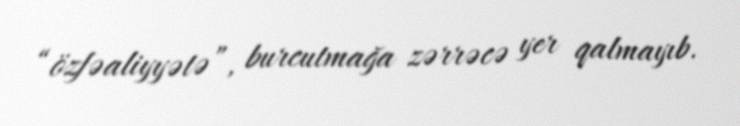
“özfəaliyyətə”, burcutmağa zərrəcə yer qalmayıb.